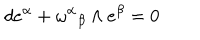
LaTeX: d e ^ { \alpha } + { \omega ^ { \alpha } } _ { \beta } \wedge e ^ { \beta } = 0